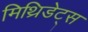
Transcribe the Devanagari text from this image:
मिथ्रिडेट्स